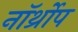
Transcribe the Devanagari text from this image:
नॉर्थ्रोप